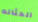
الحثاله